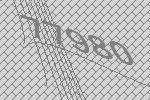
77980